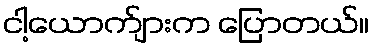
ငါ့ယောက်ျားက ပြောတယ်။